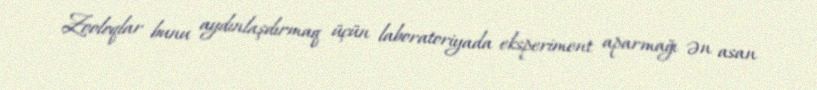
Zooloqlar bunu aydınlaşdırmaq üçün laboratoriyada eksperiment aparmağı ən asan